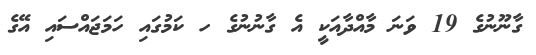
ގާނޫނުގެ 19 ވަނަ މާއްދާއަކީ އެ ގާނުނުގެ ހ ކަމުގައި ހަމަޖައްސައި އޭގެ